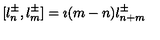
[ l _ { n } ^ { \pm } , l _ { m } ^ { \pm } ] = \imath ( m - n ) l _ { n + m } ^ { \pm } ~